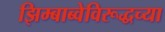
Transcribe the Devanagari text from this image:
झिम्बाब्वेविरूद्धच्या